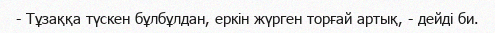
- Тұзаққа түскен бұлбұлдан, еркін жүрген торғай артық, - дейді би.